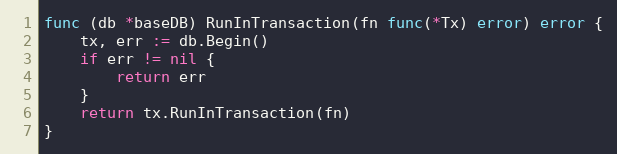
Language: Go
func (db *baseDB) RunInTransaction(fn func(*Tx) error) error {
	tx, err := db.Begin()
	if err != nil {
		return err
	}
	return tx.RunInTransaction(fn)
}